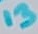
Text: 13